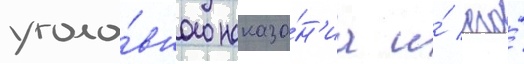
уголо́вного наказа́н'иа и́ его́